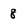
Character: 8